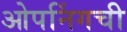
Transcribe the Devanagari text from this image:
ओपनिंगची